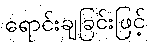
ရောင်းချခြင်းဖြင့်